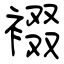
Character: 裰